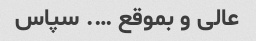
عالی و بموقع …. سپاس